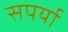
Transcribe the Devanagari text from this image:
सपर्या